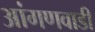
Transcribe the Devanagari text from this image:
आंगणवाडी